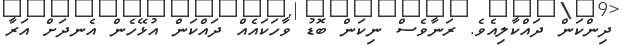
ދިންކަން ދައްކާލިއެވެ. ރަނާވެސް ނިކަން ބޮޑު ވާހަކައެއް ދައްކަން އުޅޭހެން އެނދަށް އަރާ